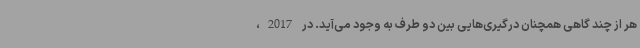
هر از چند گاهی همچنان درگیری‌هایی بین دو طرف به وجود می‌آید. در 2017،